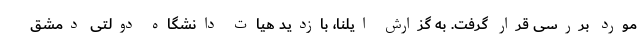
مورد بررسی قرار گرفت. به گزارش ایلنا، بازدید هیات دانشگاه دولتی دمشق